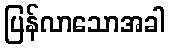
ပြန်လာသောအခါ